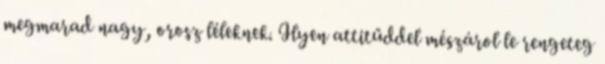
megmarad nagy, orosz léleknek. Ilyen attitűddel mészárol le rengeteg